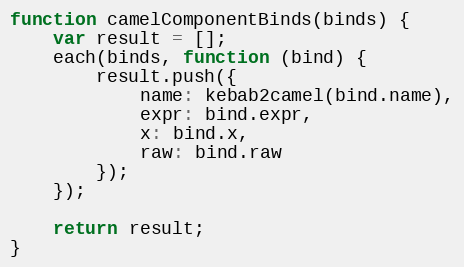
Language: JavaScript
function camelComponentBinds(binds) {
    var result = [];
    each(binds, function (bind) {
        result.push({
            name: kebab2camel(bind.name),
            expr: bind.expr,
            x: bind.x,
            raw: bind.raw
        });
    });

    return result;
}